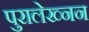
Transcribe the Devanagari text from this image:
पुरालेख्नन